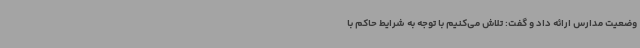
وضعیت مدارس ارائه داد و گفت: تلاش می‌کنیم با توجه به شرایط حاکم با